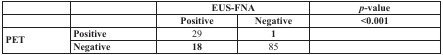
<table><thead><tr><td></td><td></td><td colspan="2"><b>EUS-FNA</b></td><td><b>p-value</b></td></tr><tr><td></td><td></td><td><b>Positive</b></td><td><b>Negative</b></td><td><b>&lt;0.001</b></td></tr></thead><tbody><tr><td rowspan="2">PET</td><td>Positive</td><td>29</td><td><b>1</b></td><td></td></tr><tr><td>Negative</td><td><b>18</b></td><td>85</td><td></td></tr></tbody></table>